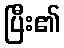
ပြီး၏